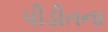
પીડીતના